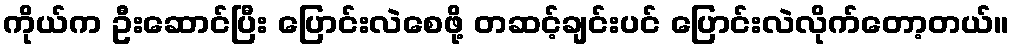
ကိုယ်က ဦးဆောင်ပြီး ပြောင်းလဲစေဖို့ တဆင့်ချင်းပင် ပြောင်းလဲလိုက်တော့တယ်။